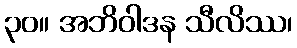
၃၀။ အဘိဝါဒန သီလိဿ၊